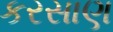
કરસાણ